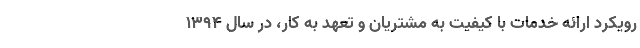
رویکرد ارائه خدمات با کیفیت به مشتریان و تعهد به کار، در سال 1394